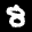
Label: 8